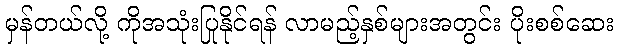
မှန်တယ်လို့ ကိုအသုံးပြုနိုင်ရန် လာမည့်နှစ်များအတွင်း ပိုးစစ်ဆေး